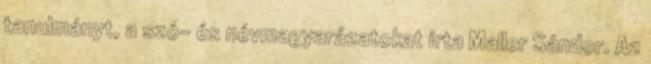
tanulmányt, a szó- és névmagyarázatokat írta Maller Sándor. Az